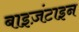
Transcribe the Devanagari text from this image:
बाइज़ंटाइन